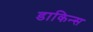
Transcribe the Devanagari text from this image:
डाकिन्स